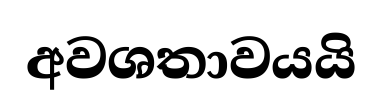
අවශතාවයයි